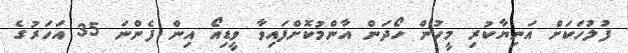
ފުލުހަކަށް އަނިޔާކުރި މީހުން ހޯދަން އާންމުކޮށްފައިވާ ވީޑިއޯ އިން ފެންނަ 35 އަހަރުގެ